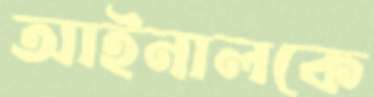
আইনালকে